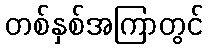
တစ်နှစ်အကြာတွင်